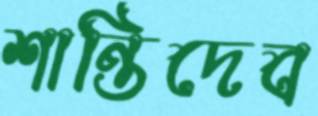
শান্তিদেব